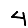
Digit: 4